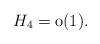
LaTeX: \begin{align*} H_4=\mathrm{o}(1).\end{align*}